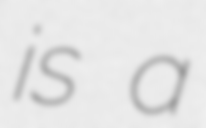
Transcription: is a